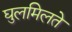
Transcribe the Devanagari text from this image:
घुलमिलते